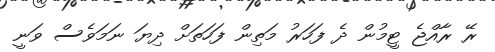
ރޭ ރާއްޖެ ޓީމުން ދެ ފަހަރު މަތިން ފަހަތަށް ދިޔަ ނަމަވެސް ވަނީ